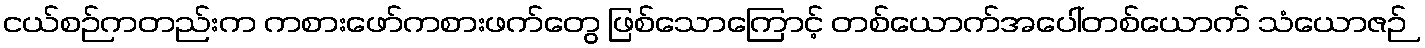
ငယ်စဉ်ကတည်းက ကစားဖော်ကစားဖက်တွေ ဖြစ်သောကြောင့် တစ်ယောက်အပေါ်တစ်ယောက် သံယောဇဉ်